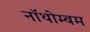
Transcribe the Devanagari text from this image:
नॉथोम्बम